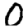
Digit: 0